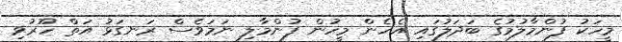
މީހަކު ފުންމާލުމުގެ ބަދަލުގައި އެހެން މީހުން ފުންމާލި ނަމަވެސް ރަނގަޅު އަތް ހޫރުވި